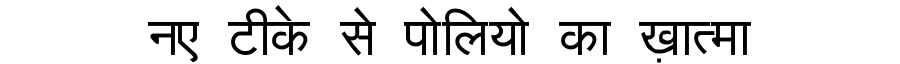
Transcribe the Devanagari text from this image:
नए टीके से पोलियो का ख़ात्मा